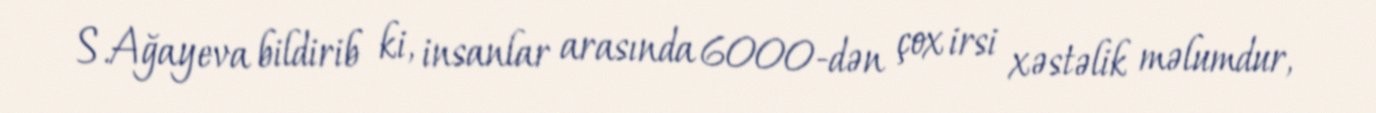
S.Ağayeva bildirib ki, insanlar arasında 6000-dən çox irsi xəstəlik məlumdur,